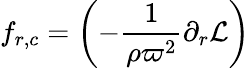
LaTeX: f_{r,c}=\left(-\frac{1}{\rho\varpi^{2}}\partial_{r}{\mathcal{L}}\right)